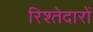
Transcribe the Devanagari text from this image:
रिश्‍तेदारों